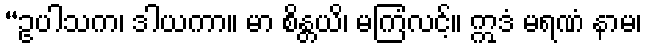
“ဥပါသက၊ ဒါယကာ။ မာ စိန္တယိ၊ မကြံလင့်။ ဣဒံ မရဏံ နာမ၊